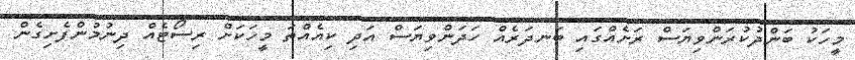
މީހަކު ބަންދުކުރަންވިޔަސް ރަށެއްގައި ބަނދަރެއް ހަދަންވިޔަސް އަދި ކިއެއްތަ މީހަކަށް ރިސޯޓެއް ދިނުމުންފެށިގެން